Scientific memoirs by medical officers of the Army of India - Part II,
Year: 1886
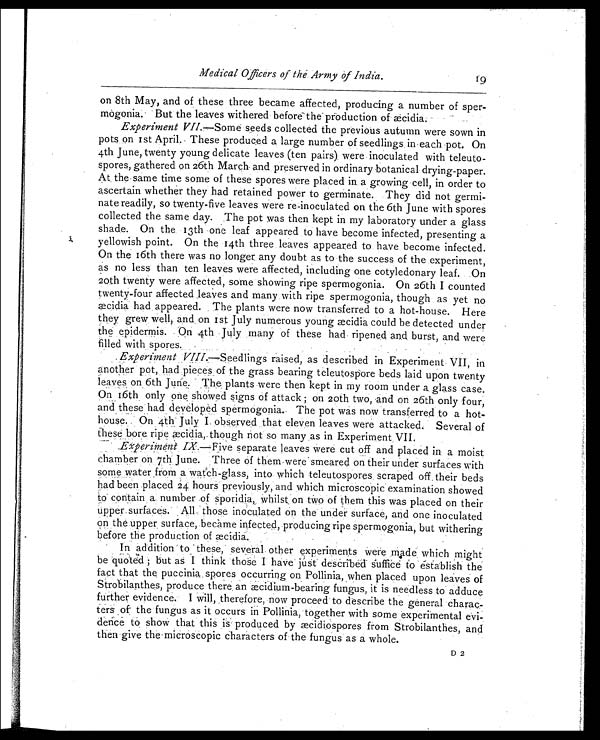
Medical Officers of the. Army of India. 1 9
on 8th May, and of these three became affected, producing a number of sper-
mogonia. But the leaves withered before the production of æcidia.
Experiment VII.—Some seeds collected the previous autumn were sown in
pots on 1st April. These produced a large number of seedlings, in-each pot. On
4th June, twenty young delicate leaves (ten pairs) were inoculated with teleuto-
spores, gathered on 26th March- and preserved in ordinary botanical drying-paper.
At the same time some of these spores were placed in a growing cell, in order to
ascertain whether they had retained power to germinate. They did not germi-
nate readily, so twenty-five leaves were re-inoculated on the 6th June with spores
collected the same day. The pot was then kept in my laboratory under a glass
shade. On the 13th one leaf appeared to have become infected, presenting a
yellowish point. On the 14th three leaves appeared to have become infected.
On the 16th there was no longer any doubt as to the success of the experiment,
as no less than ten leaves were affected, including one cotyledonary leaf. On
20th twenty were affected, some showing ripe spermogonia. On 26th I counted
twenty-four affected leaves and many with ripe spermogonia, though as yet no
æ cidia had appeared. The plants were now transferred to a hot-house. Here
they grew well, and on 1st July numerous young æcidia could be detected under
the epidermis. On 4th July many of these had ripened and burst, and were
filled with spores.
Experiment VIII.—Seedlings raised, as described in Experiment VII, in
another pot, had pieces of the grass bearing teleutospore beds laid upon twenty
leaves on 6th June. The plants were then kept in my room under a glass case.
O n 1 6 t h o n l y o n e s h o w e d s i g n s o f a t t a c k ; o n 2 0 t h t w o , a n d o n 2 6 t h o n l y f o u r ,
and these had developed spermogonia. The pot was now transferred to a hot-
house. On 4th July I observed that eleven leaves were attacked. Several of
thesebore ripe æcidia, though not so many as in Experiment . VII.
.Experiment IX. —Five separate leaves were cut off and placed in a moist
chamber on 7th June. Three of them were smeared on their under surfaces with
some water from a watch-glass, into which teleutospores, scraped off their beds
had been placed 24 hours previously, and which microscopic examination showed
to contain a number of sporidia, whilst on two of them this was placed on their
upper surfaces. All those inoculated on the under surface, and one inoculated
on the upper surface, became infected, producing ripe spermogonia, but withering
before the production of æcidia.
In addition to these, several other experiments were made which might
be quoted ; but as I think those I have just described suffice to establish the
fact that the puccinia spores occurring on Pollinia, when placed upon leaves of
Strobilanthes, produce there, an æcidium-bearing fungus, it is needless to adduce
further evidence. I will, therefore, now proceed to describe the general charac
-ters of the fungus as it occurs in Pollinia, together with some experimental evi
dence to show that this is produced by æcidiospores from Strobilanthes, and
then give the microscopic characters of the fungus as a whole.
D 2